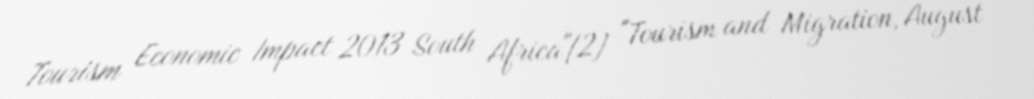
Tourism Economic Impact 2013 South Africa"[2] "Tourism and Migration, August